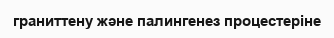
граниттену және палингенез процестеріне